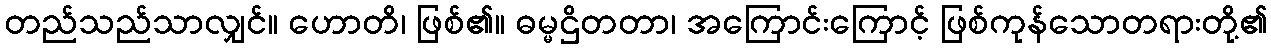
တည်သည်သာလျှင်။ ဟောတိ၊ ဖြစ်၏။ ဓမ္မဌိတတာ၊ အကြောင်းကြောင့် ဖြစ်ကုန်သောတရားတို့၏